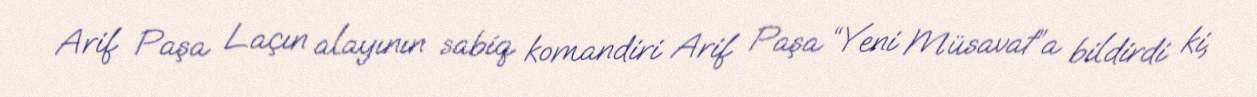
Arif Paşa Laçın alayının sabiq komandiri Arif Paşa “Yeni Müsavat”a bildirdi ki,